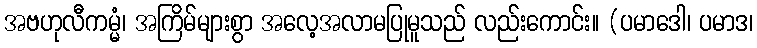
အဗဟုလီကမ္မံ၊ အကြိမ်များစွာ အလေ့အလာမပြုမူသည် လည်းကောင်း။ (ပမာဒေါ၊ ပမာဒ၊